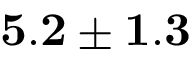
{ \bf 5 . 2 \pm 1 . 3 }